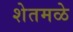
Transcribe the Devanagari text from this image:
शेतमळे